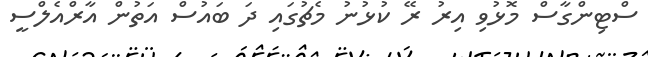
ސްޓިންގާސް މޮޅުވި އިރު ރޭ ކުޅުނު މެޗުގައި ދަ ބައުސް އަތުން އާރްއެލްސީ